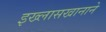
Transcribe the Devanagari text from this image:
इख्लासखानाने